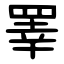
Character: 睪